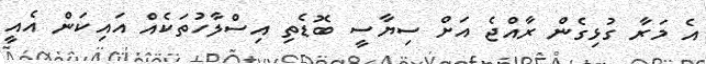
އެ މަރާ ގުޅިގެން ރާއްޖެ އަށް ސިޔާސީ ބޮޑެތި އިސްލާހުތަކެއް އައިކަން އެއީ